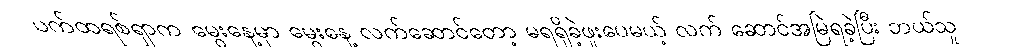
ပက်ထရစ်ရှာက မွေးနေ့မှာ မွေးနေ့ လက်ဆောင်တော့ မရရှိခဲ့ဖူးပေမယ့် လက် ဆောင်အမြဲရခဲ့ပြီး ဘယ်သူ